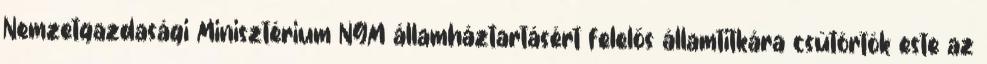
Nemzetgazdasági Minisztérium NGM államháztartásért felelős államtitkára csütörtök este az